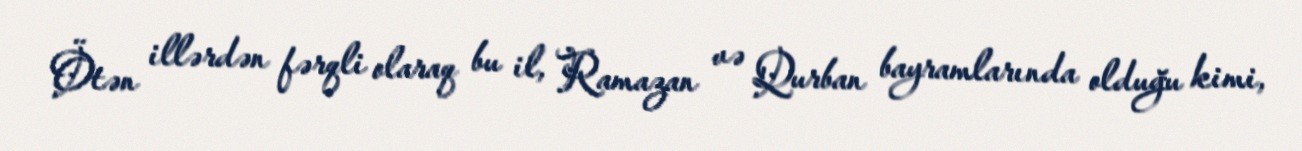
Ötən illərdən fərqli olaraq bu il, Ramazan və Qurban bayramlarında olduğu kimi,